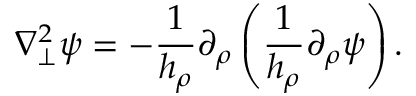
\nabla _ { \perp } ^ { 2 } \psi = - \frac { 1 } { h _ { \rho } } \partial _ { \rho } \left( \frac { 1 } { h _ { \rho } } \partial _ { \rho } \psi \right) .